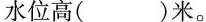
水位高()米。